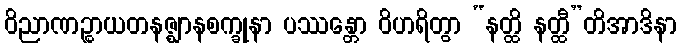
ဝိညာဏဉ္စာယတနဇ္ဈာနစက္ခုနာ ပဿန္တော ဝိဟရိတွာ “နတ္ထိ နတ္ထီ”တိအာဒိနာ